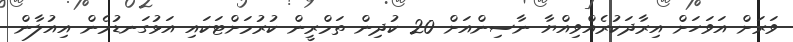
ވަރަށް އަވަހަށް އިރާދަކުރެއްވިއްޔާ ނާސިންއަށް 20 ކުދިން ތަމްރީން ކުރުމަށްޓަކައި އަޅުގަނޑުމެން އިއުލާން